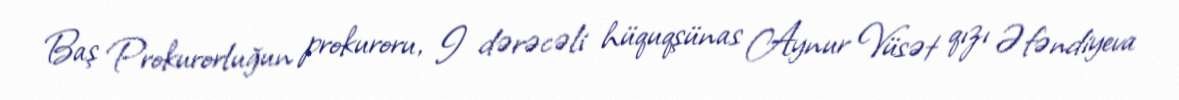
Baş Prokurorluğun prokuroru, I dərəcəli hüquqşünas Aynur Vüsət qızı Əfəndiyeva